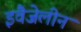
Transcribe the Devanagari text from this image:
इवैजेलीन